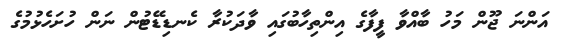
އަންނަ ޖޫން މަހު ބާއްވާ ފީފާގެ އިންތިހާބުގައި ވާދަކުރާ ކެނޑިޑޭޓުން ނަން ހުށަހެޅުމުގެ